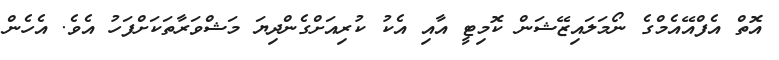
އޮތް އެފްއޭއެމްގެ ނޯމަލައިޒޭޝަން ކޮމިޓީ އާއި އެކު ކުރިއަށްގެންދިޔަ މަޝްވަރާތަކަށްފަހު އެވެ. އެހެން